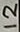
Text: 12